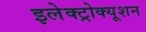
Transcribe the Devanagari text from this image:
इलेक्ट्रोक्यूशन